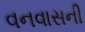
વનવાસની